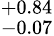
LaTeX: ^{+0.84}_{-0.07}